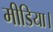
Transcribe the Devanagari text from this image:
मीडिया।